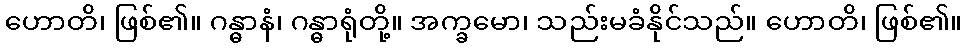
ဟောတိ၊ ဖြစ်၏။ ဂန္ဓာနံ၊ ဂန္ဓာရုံတို့။ အက္ခမော၊ သည်းမခံနိုင်သည်။ ဟောတိ၊ ဖြစ်၏။